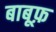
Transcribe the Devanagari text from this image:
बाबूफ़